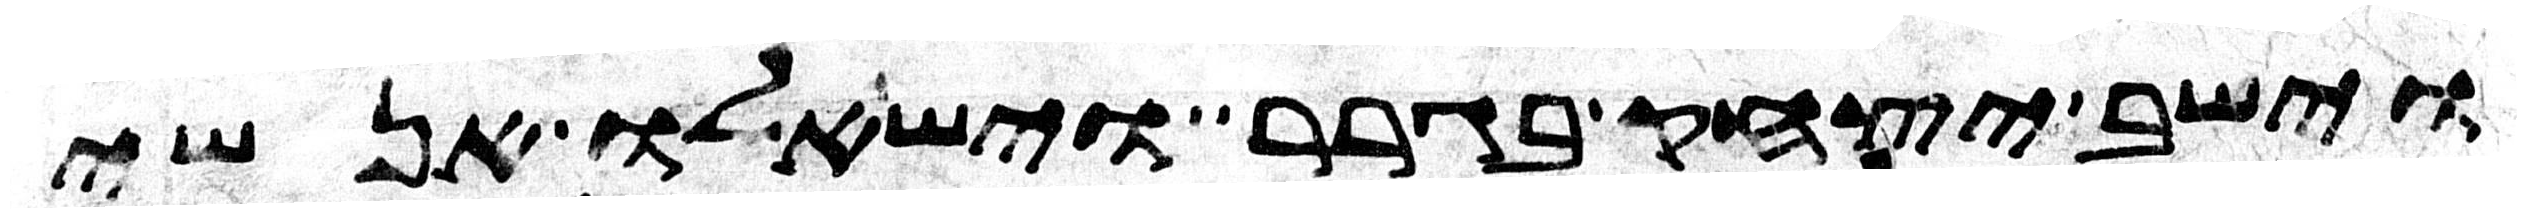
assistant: וישב יצחק בגרר וישאלו אנשי